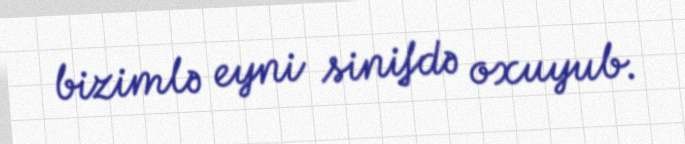
bizimlə eyni sinifdə oxuyub.